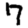
Digit: 7